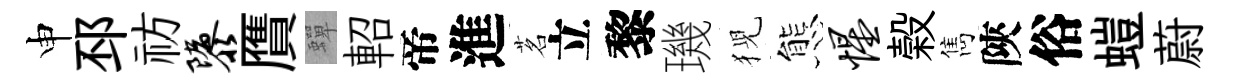
申邳祊隳贋蟬軺帝進茗立黎璣猊態惺榖雋陝俗螘蔚